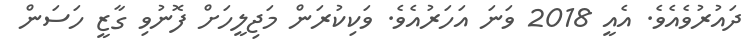
ދައުރުވެއެވެ. އެއީ 2018 ވަަނަ އަހަރުއެވެ. ވަކިކުރަން މަޖިލީހަށް ފޮނުވި ގާޒީ ހަސަން